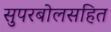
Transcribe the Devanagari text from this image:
सुपरबोलसहित